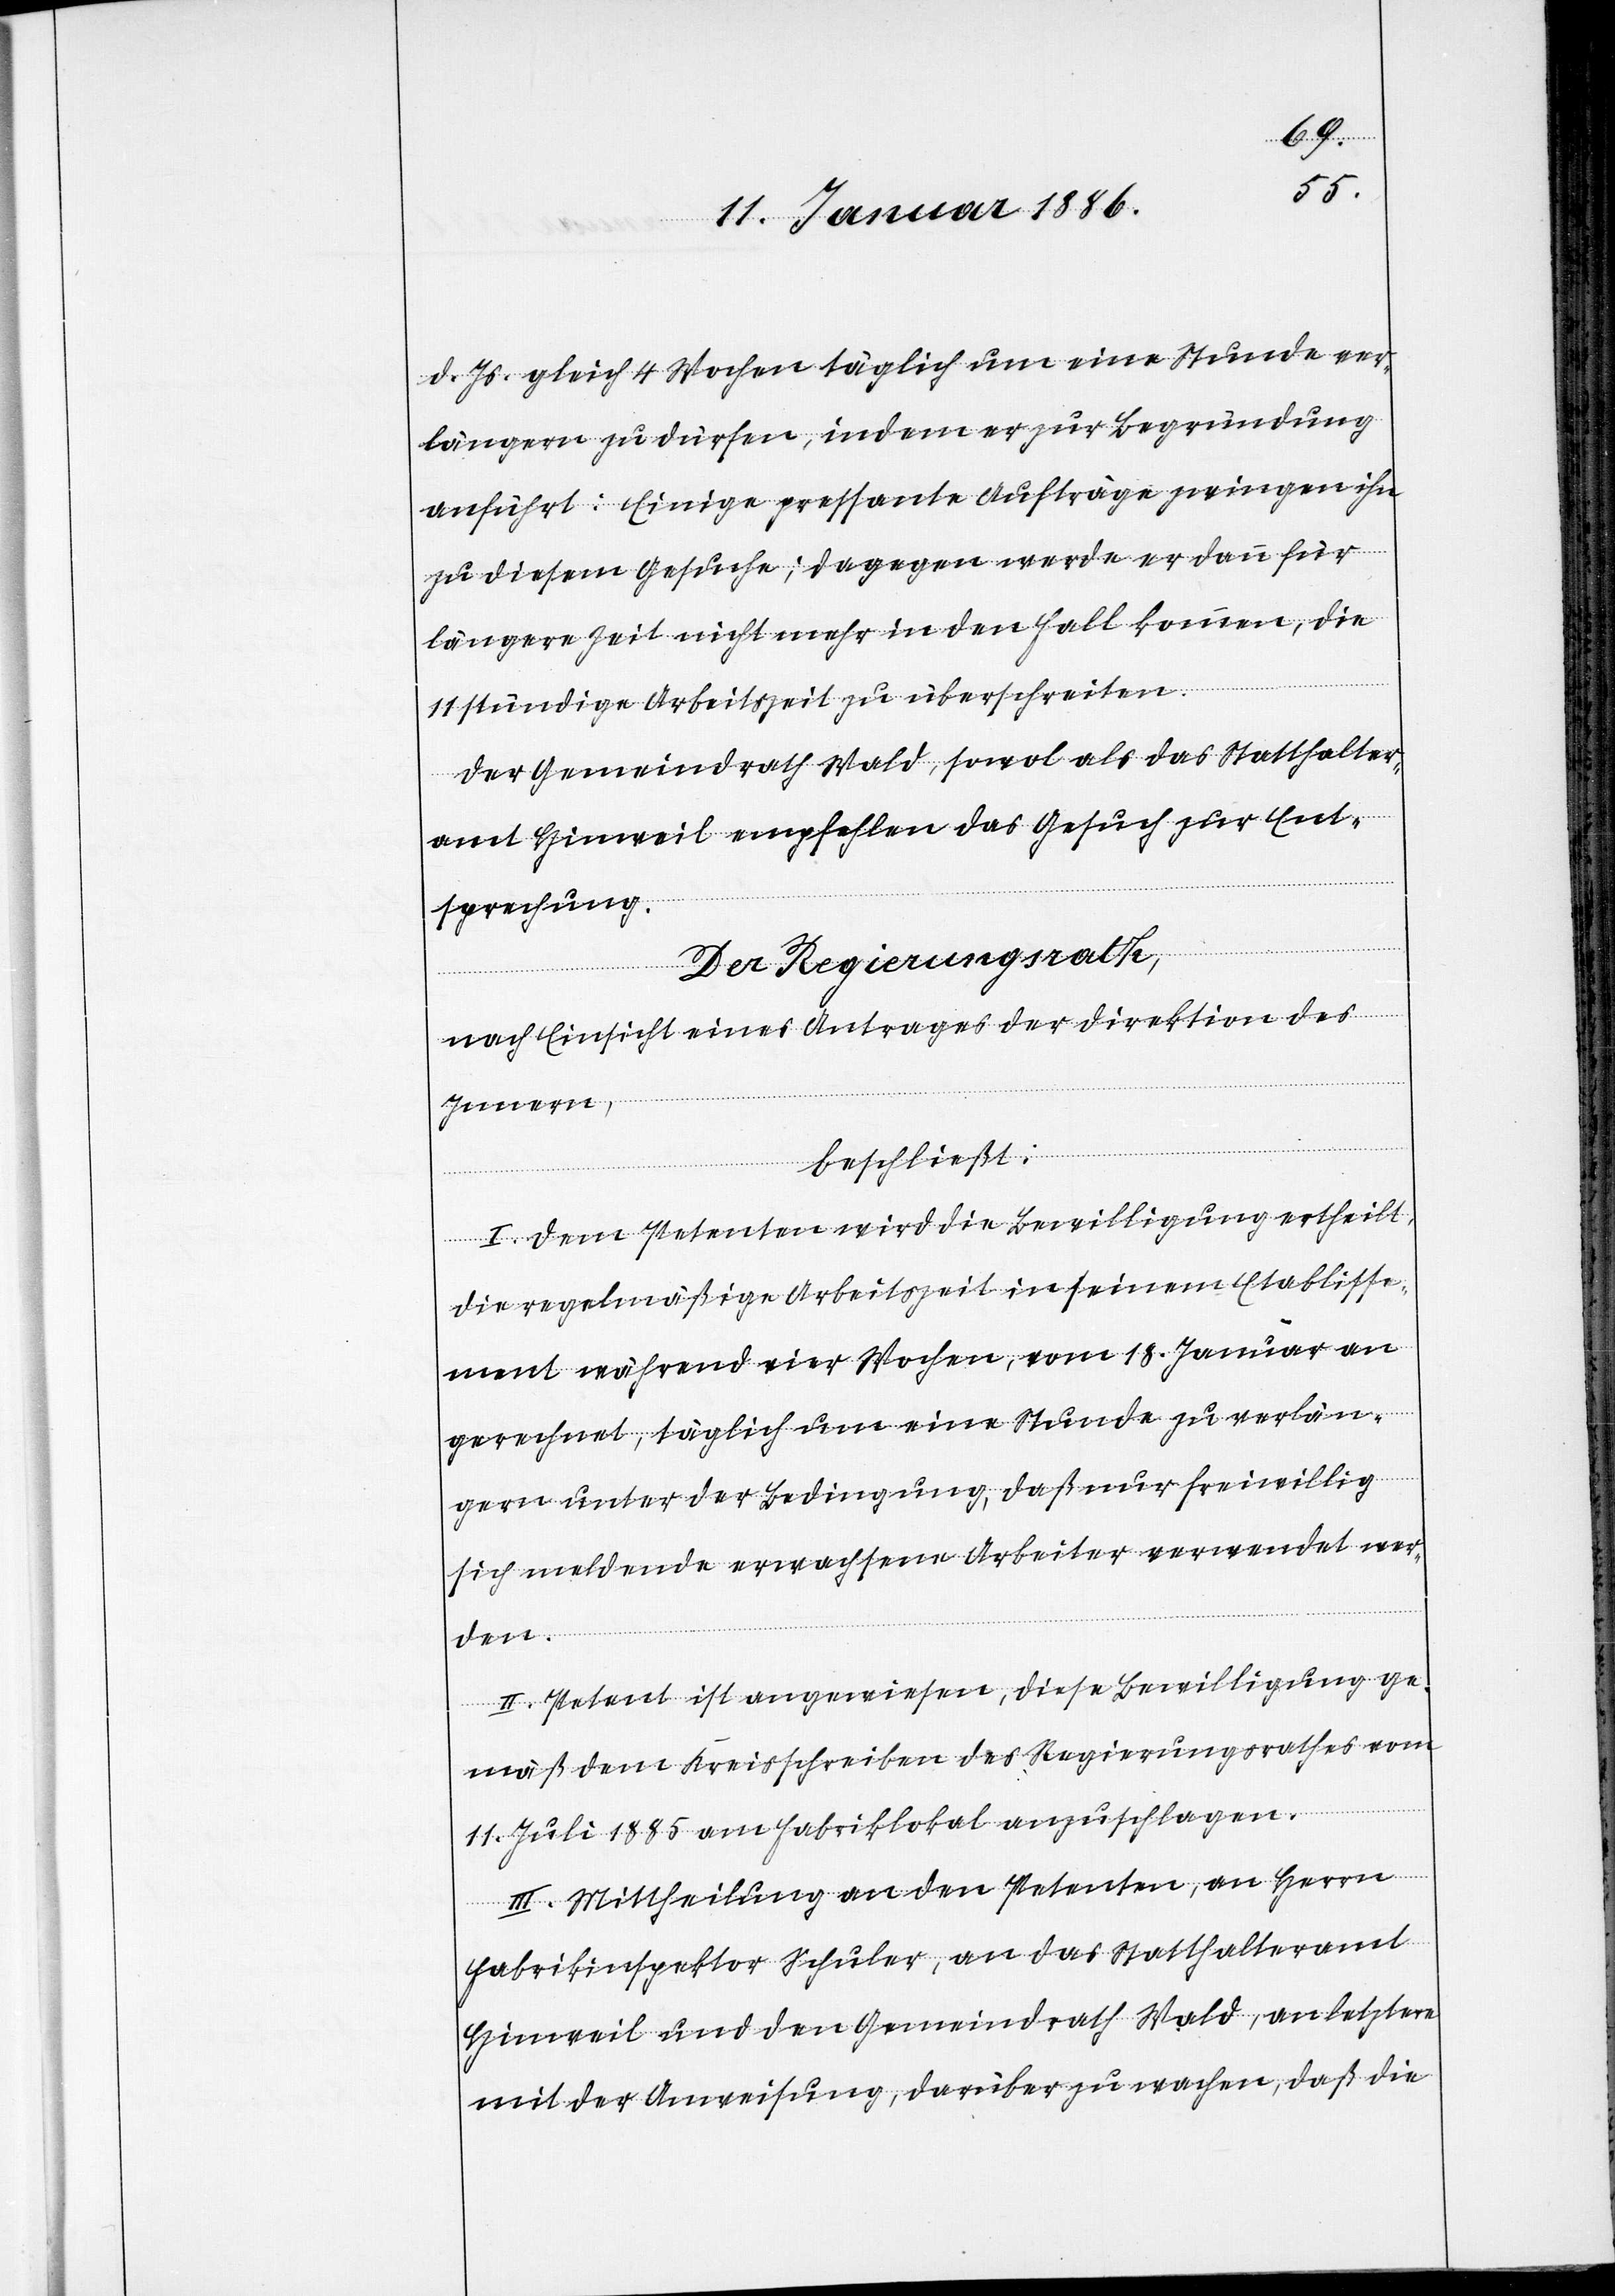
d. Js. gleich 4 Wochen täglich um eine Stunde ver¬
längern zu dürfen, indem er zur Begründung
anführt: Einige pressante Aufträge zwingen ihn
zu diesem Gesuche; dagegen werde er dann für
längere Zeit nicht mehr in den Fall kommen, die
11stündige Arbeitszeit zu überschreiten.
Der Gemeindrath Wald, sowol als das Statthalter¬
amt Hinweil empfehlen das Gesuch zur Ent¬
sprechung.
Der Regierungsrath,
nach Einsicht eines Antrages der Direktion des
Innern,
beschließt:
I. Dem Petenten wird die Bewilligung ertheilt,
die regelmäßige Arbeitszeit in seinem Etablisse¬
ment während vier Wochen, vom 18. Januar an
gerechnet, täglich um eine Stunde zu verlän¬
gern unter der Bedingung, daß nur freiwillig
sich meldende erwachsene Arbeiter verwendet wer¬
den.
II. Petent ist angewiesen, diese Bewilligung ge¬
mäß dem Kreisschreiben des Regierungsrathes vom
11. Juli 1885 am Fabriklokal anzuschlagen.
III. Mittheilung an den Petenten, an Herrn
Fabrikinspektor Schuler, an das Statthalteramt
Hinweil und den Gemeindrath Wald, an letztern
mit der Anweisung, darüber zu wachen, daß die